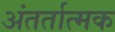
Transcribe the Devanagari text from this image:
अंतर्तात्मक